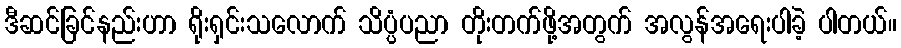
ဒီဆင်ခြင်နည်းဟာ ရိုးရှင်းသလောက် သိပ္ပံပညာ တိုးတက်ဖို့အတွက် အလွန်အရေးပါခဲ့ ပါတယ်။